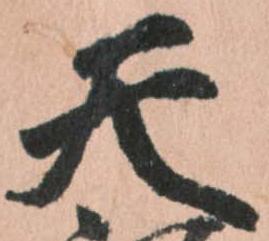
天